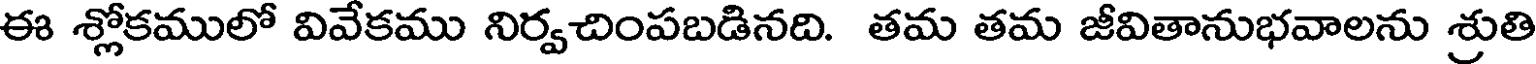
ఈ శ్లోకములో వివేకము నిర్వచింపబడినది. తమ తమ జీవితానుభవాలను శ్రుతి